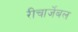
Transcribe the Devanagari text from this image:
रीचार्जेबल